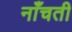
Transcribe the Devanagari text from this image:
नाँचती